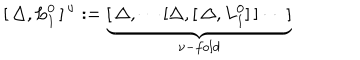
[ \, \Delta , L _ { 1 } ^ { 0 } \, ] ^ { \, \nu } : = \underbrace { [ \, \Delta , \cdots [ \Delta , [ \, \Delta , L _ { 1 } ^ { 0 } ] \, ] \cdots \, ] } _ { \nu - f o l d }